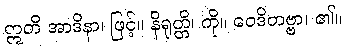
ဣတိ အာဒိနာ၊ ဖြင့်။ နိရုတ္တိ၊ ကို။ ဝေဒိတဗ္ဗာ၊ ၏။